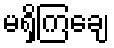
မရှိကြချေ